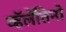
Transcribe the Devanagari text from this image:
व्हॅलेंतिनो